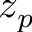
z _ { p }